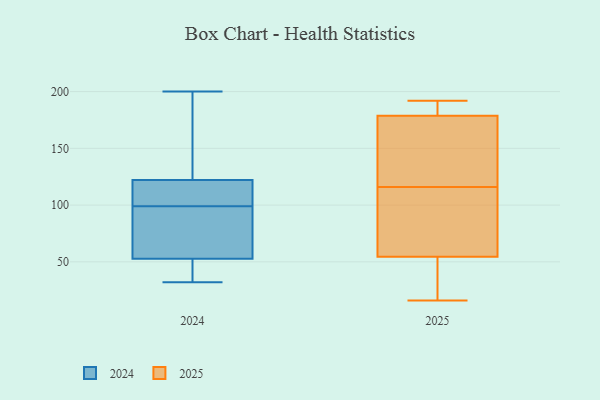
{"axis": {"x": "Humidity (%)", "y": "Value"}, "legend": ["2024", "2025"], "data": [{"x": "", "y": 116, "type": "2025"}, {"x": "", "y": 87, "type": "2025"}, {"x": "", "y": 186, "type": "2025"}, {"x": "", "y": 23, "type": "2025"}, {"x": "", "y": 152, "type": "2025"}, {"x": "", "y": 187, "type": "2025"}, {"x": "", "y": 169, "type": "2025"}, {"x": "", "y": 181, "type": "2025"}, {"x": "", "y": 56, "type": "2025"}, {"x": "", "y": 172, "type": "2025"}, {"x": "", "y": 188, "type": "2025"}, {"x": "", "y": 127, "type": "2025"}, {"x": "", "y": 80, "type": "2025"}, {"x": "", "y": 16, "type": "2025"}, {"x": "", "y": 54, "type": "2025"}, {"x": "", "y": 192, "type": "2025"}, {"x": "", "y": 95, "type": "2025"}, {"x": "", "y": 48, "type": "2025"}, {"x": "", "y": 19, "type": "2025"}, {"x": "", "y": 76, "type": "2024"}, {"x": "", "y": 32, "type": "2024"}, {"x": "", "y": 122, "type": "2024"}, {"x": "", "y": 142, "type": "2024"}, {"x": "", "y": 45, "type": "2024"}, {"x": "", "y": 110, "type": "2024"}, {"x": "", "y": 122, "type": "2024"}, {"x": "", "y": 200, "type": "2024"}, {"x": "", "y": 99, "type": "2024"}, {"x": "", "y": 82, "type": "2024"}, {"x": "", "y": 38, "type": "2024"}]}